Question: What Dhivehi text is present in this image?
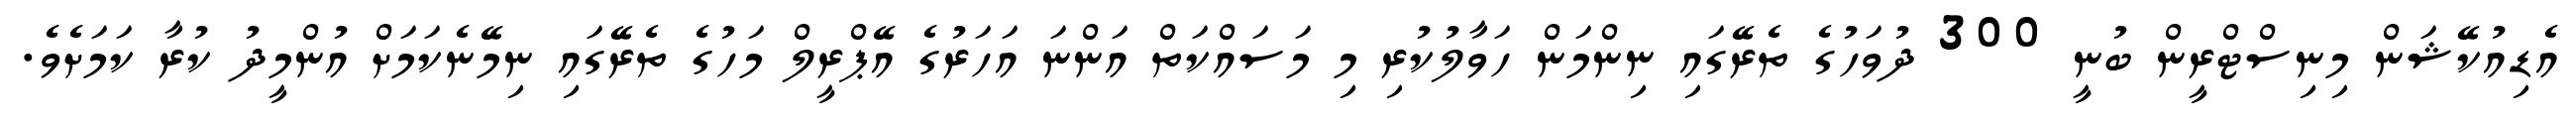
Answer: އެޑިއުކޭޝަން މިނިސްޓްރީން ބުނީ 300 ދުވަހުގެ ތެރޭގައި ނިންމަން ހަވާލުކުރި މި މަސައްކަތް އަންނަ އަހަރުގެ އޭޕްރީލް މަހުގެ ތެރޭގައި ނިމޭނެކަމަށް އުންމީދު ކުރާ ކަމަށެވެ.